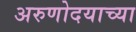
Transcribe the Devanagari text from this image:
अरुणोदयाच्या